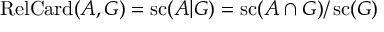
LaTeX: \operatorname { R e l C a r d } ( A , G ) = \operatorname { s c } ( A | G ) = \operatorname { s c } ( A \cap { G } ) / \operatorname { s c } ( G )